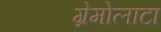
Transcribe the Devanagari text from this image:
ग्रेमोलाटा